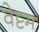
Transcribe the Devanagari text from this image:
वेट्टम